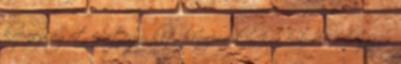
kopaszságot mintegy két hónapos korukra érik el. 2 hónapos